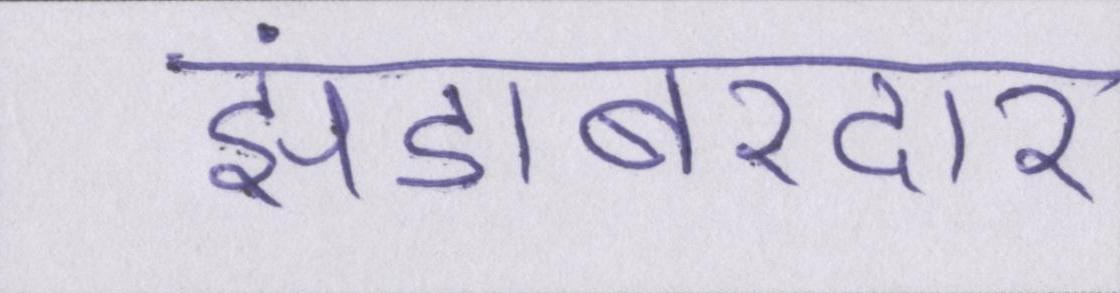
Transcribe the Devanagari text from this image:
झंडाबरदार